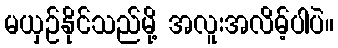
မယှဉ်နိုင်သည်မို့ အလူးအလိမ့်ပါပဲ။